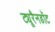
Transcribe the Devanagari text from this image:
ट्यूरैनडॉट